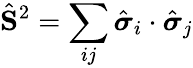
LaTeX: \hat{\mathbf{S}}^{2}=\sum_{ij}\hat{\boldsymbol{\sigma}}_{i}\cdot\hat{\boldsymbol{\sigma}}_{j}